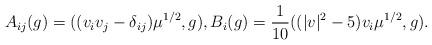
LaTeX: \begin{align*}A_{ij}(g) = ( (v_iv_j -\delta_{ij})\mu^{1/2}, g), B_i(g) = \frac{1}{10}( (\vert v\vert^2-5)v_i \mu^{1/2}, g).\end{align*}